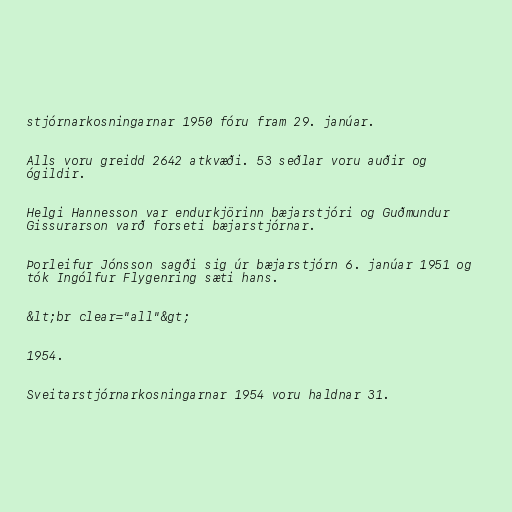
stjórnarkosningarnar 1950 fóru fram 29. janúar.

Alls voru greidd 2642 atkvæði. 53 seðlar voru auðir og
ógildir.

Helgi Hannesson var endurkjörinn bæjarstjóri og Guðmundur
Gissurarson varð forseti bæjarstjórnar.

Þorleifur Jónsson sagði sig úr bæjarstjórn 6. janúar 1951 og
tók Ingólfur Flygenring sæti hans.

&lt;br clear="all"&gt;

1954.

Sveitarstjórnarkosningarnar 1954 voru haldnar 31.